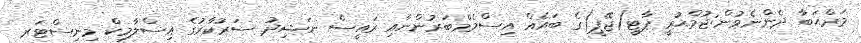
މަރްޙަބާ ދެންނެވުން:ޖުމްޙުރީ ޕާޓީ(ޖޭޕީ)ގެ ބައެއް އިސްމެމްބަރުންނާއި ރައީސް ނަޝިދު ސަރުކާރުގެ އިސްލާމިކް މިނިސްޓަރ